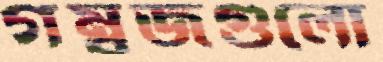
গম্বুজগুলো